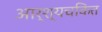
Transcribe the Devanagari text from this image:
आर्श्यचकित